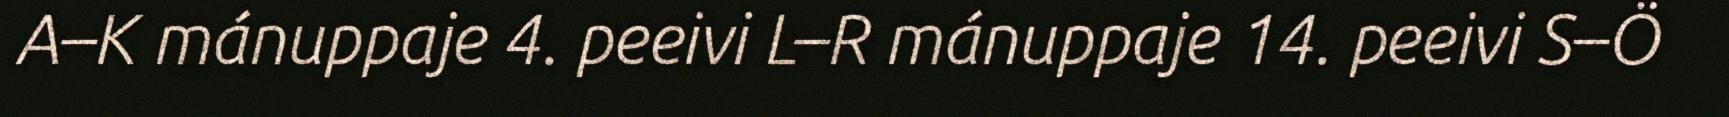
A–K mánuppaje 4. peeivi L–R mánuppaje 14. peeivi S–Ö